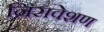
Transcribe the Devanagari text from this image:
निरावेशण